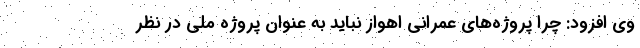
وی افزود: چرا پروژه‌های عمرانی اهواز نباید به عنوان پروژه ملی در نظر